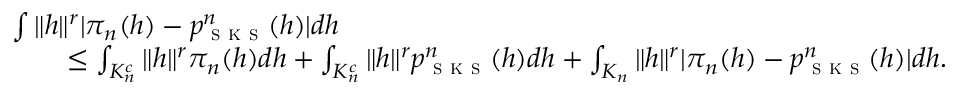
\begin{array} { r l } & { \int \| h \| ^ { r } | \pi _ { n } ( h ) - p _ { \textsc { s k s } } ^ { n } ( h ) | d h } \\ & { \qquad \leq \int _ { K _ { n } ^ { c } } \| h \| ^ { r } \pi _ { n } ( h ) d h + \int _ { K _ { n } ^ { c } } \| h \| ^ { r } p _ { \textsc { s k s } } ^ { n } ( h ) d h + \int _ { K _ { n } } \| h \| ^ { r } | \pi _ { n } ( h ) - p _ { \textsc { s k s } } ^ { n } ( h ) | d h . } \end{array}